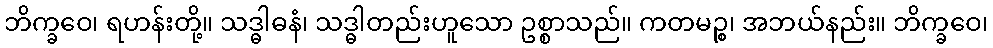
ဘိက္ခဝေ၊ ရဟန်းတို့။ သဒ္ဓါဓနံ၊ သဒ္ဓါတည်းဟူသော ဥစ္စာသည်။ ကတမဉ္စ၊ အဘယ်နည်း။ ဘိက္ခဝေ၊